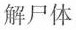
解尸体